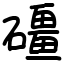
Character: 礓